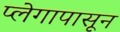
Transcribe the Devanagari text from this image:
प्लेगापासून